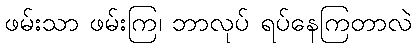
ဖမ်းသာ ဖမ်းကြ၊ ဘာလုပ် ရပ်နေကြတာလဲ